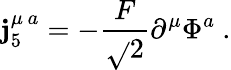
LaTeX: \mathbf{j}_{5}^{\mu\, a}=-\frac{{F}}{{\sqrt{}{{2}}}}\partial^{\mu}\Phi^{a}\ .